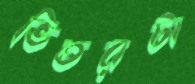
ভিতরটা